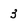
Character: 3